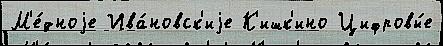
М'е́дноjе Ива́новск'иjе К'ишк'ино Цифровы́е